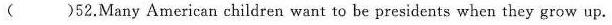
( )52.Many American children want to be presidents when they grow up.